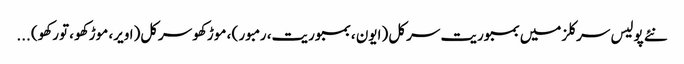
نئے پولیس سرکلزمیں بمبوریت سرکل (ایون ، بمبوریت، رمبور ) ، موڑکھو سرکل(اویر، موڑکھو ، تورکھو) ...